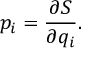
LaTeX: p _ { i } = { \frac { \partial S } { \partial q _ { i } } } .